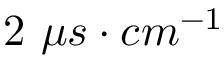
2 ~ \mu s \cdot c m ^ { - 1 }